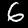
Digit: 6